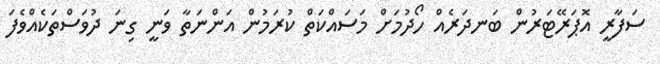
ސަފާރީ އޮޕަރޭޓަރުން ބަނދަރެއް ހޯދުމަށް މަސައްކަތް ކުރަމުން އަންނަތާ ވަނީ ގިނަ ދުވަސްތަކެއްވެފަ